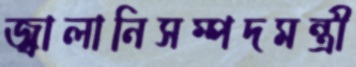
জ্বালানিসম্পদমন্ত্রী